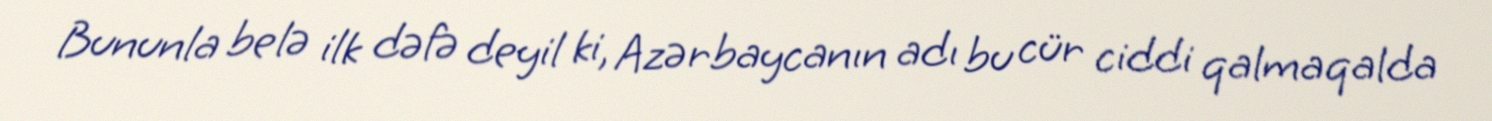
Bununla belə ilk dəfə deyil ki, Azərbaycanın adı bu cür ciddi qalmaqalda